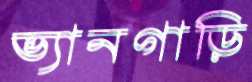
ভ্যানগাড়ি